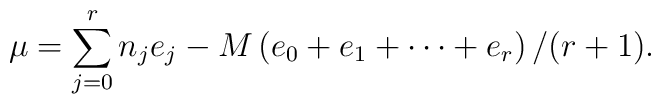
\mu=\sum_{j=0}^rn_je_j-M\left(e_0+e_1+\cdots+e_r\right)/(r+1).